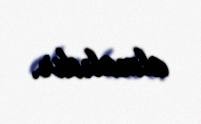
almalıdır.